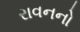
રાવનનો